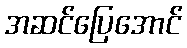
အဆင်ပြေအောင်